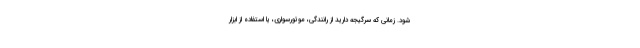
شود. زمانی که سرگیجه دارید از رانندگی، موتورسواری، یا استفاده از ابزار